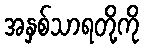
အနှစ်သာရတို့ကို